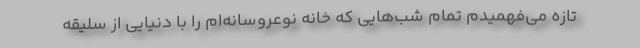
تازه می‌فهمیدم تمام شب‌هایی که خانه نوعروسانه‌ام را با دنیایی از سلیقه